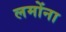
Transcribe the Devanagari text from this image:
लमोंना